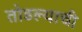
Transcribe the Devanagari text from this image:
तोडल्याची